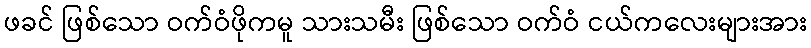
ဖခင် ဖြစ်သော ဝက်ဝံဖိုကမူ သားသမီး ဖြစ်သော ဝက်ဝံ ငယ်ကလေးများအား